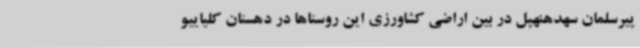
پیرسلمان سهدهنهپل در بین اراضی کشاورزی این روستاها در دهستان کلیاییو